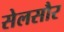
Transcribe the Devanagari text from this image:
सेलसौर